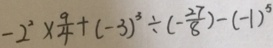
- 2 ^ { 2 } \times \frac { 9 } { 4 } + ( - 3 ) ^ { 3 } \div ( - \frac { 2 7 } { 8 } ) - ( - 1 ) ^ { 5 }